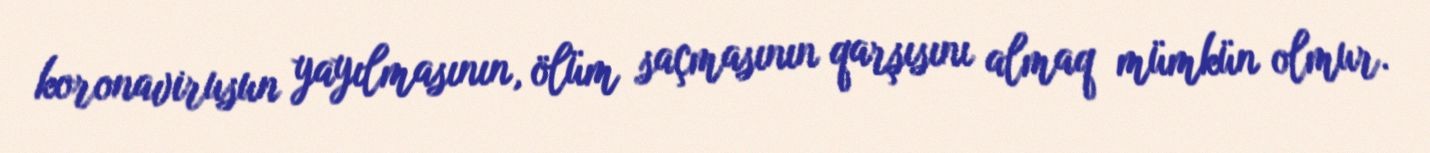
koronavirusun yayılmasının, ölüm saçmasının qarşısını almaq mümkün olmur.